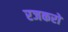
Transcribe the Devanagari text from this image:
रजकरों